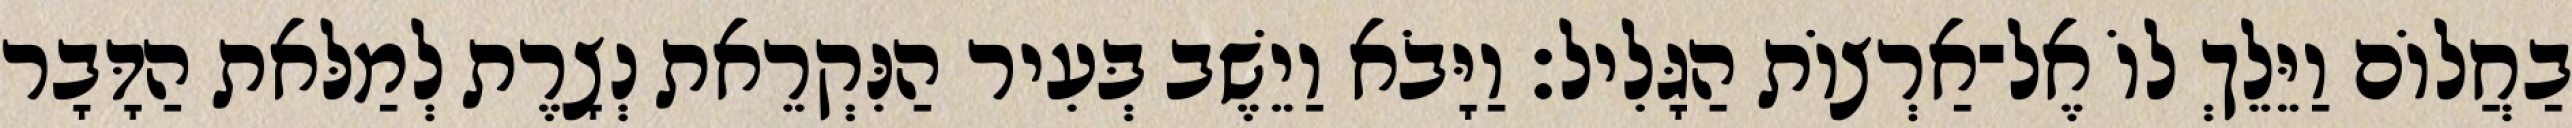
בַחֲלוֹם וַיֵּלֵךְ לוֹ אֶל־אַרְצוֹת הַגָּלִיל׃ וַיָּבֹא וַיֵשֶׁב בְּעִיר הַנִּקְרֵאת נְצָרֶת לְמַלּאת הַדָּבָר